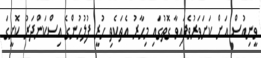
ވީނިއުސް އަށް ކަށަވަރުވެފައިވާ ގޮތުގައި މިހާރު އެތަކެތި ހުރީ ފުލުހުންގެ އިސްކަންދަރު ކޮށީގަ